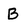
Character: B